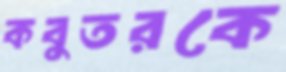
কবুতরকে